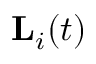
\mathbf { L } _ { i } ( t )